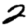
Digit: 2